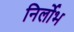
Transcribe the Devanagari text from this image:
निर्लोभ